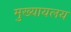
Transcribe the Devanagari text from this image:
मुख्यायलय